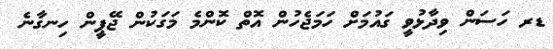
ޑރ ހަސަން ވިދާޅުވީ ގައުމަށް ހަމަޖެހުން އޮތް ކޮންމެ މަގަކުން ޖޭޕީން ހިނގާނެ